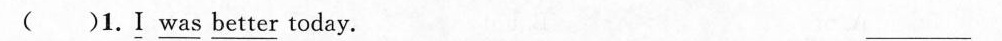
( )1.\underline{I} \underline{was} \underline{better} today. ___